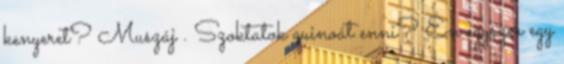
kenyeret? Muszáj . Szoktatok quinoát enni? Én egyszer egy